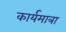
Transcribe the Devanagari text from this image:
कार्यमात्रा